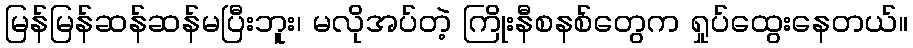
မြန်မြန်ဆန်ဆန်မပြီးဘူး၊ မလိုအပ်တဲ့ ကြိုးနီစနစ်တွေက ရှုပ်ထွေးနေတယ်။